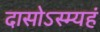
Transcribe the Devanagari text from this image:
दासोऽस्म्यहं